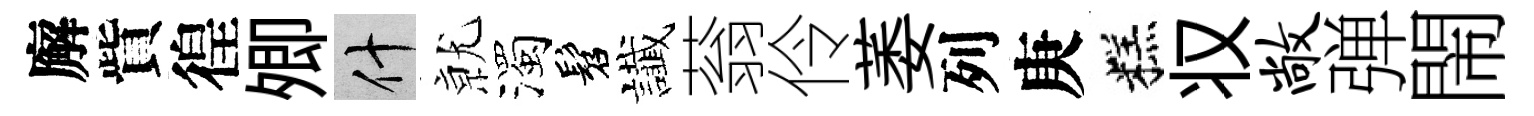
廨貲徨𡖖什𭕒濁髫䜟蓊伶萎列庚糕𠬧敞弹閙